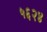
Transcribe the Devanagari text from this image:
५६२४